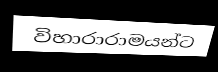
විහාරාරාමයන්ට